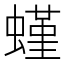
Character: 螼